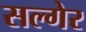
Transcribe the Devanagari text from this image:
सल्गेर